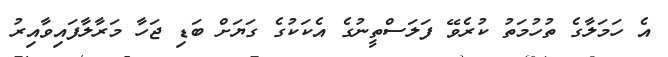
އެ ހަމަލާގެ ތުހުމަތު ކުރެވޭ ފަލަސްތީނުގެ އެކަކުގެ ގަޔަށް ބަޑި ޖަހާ މަރާލާފައިވާއިރު